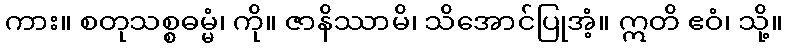
ကား။ စတုသစ္စဓမ္မံ၊ ကို။ ဇာနိဿာမိ၊ သိအောင်ပြုအံ့။ ဣတိ ဧဝံ၊ သို့။